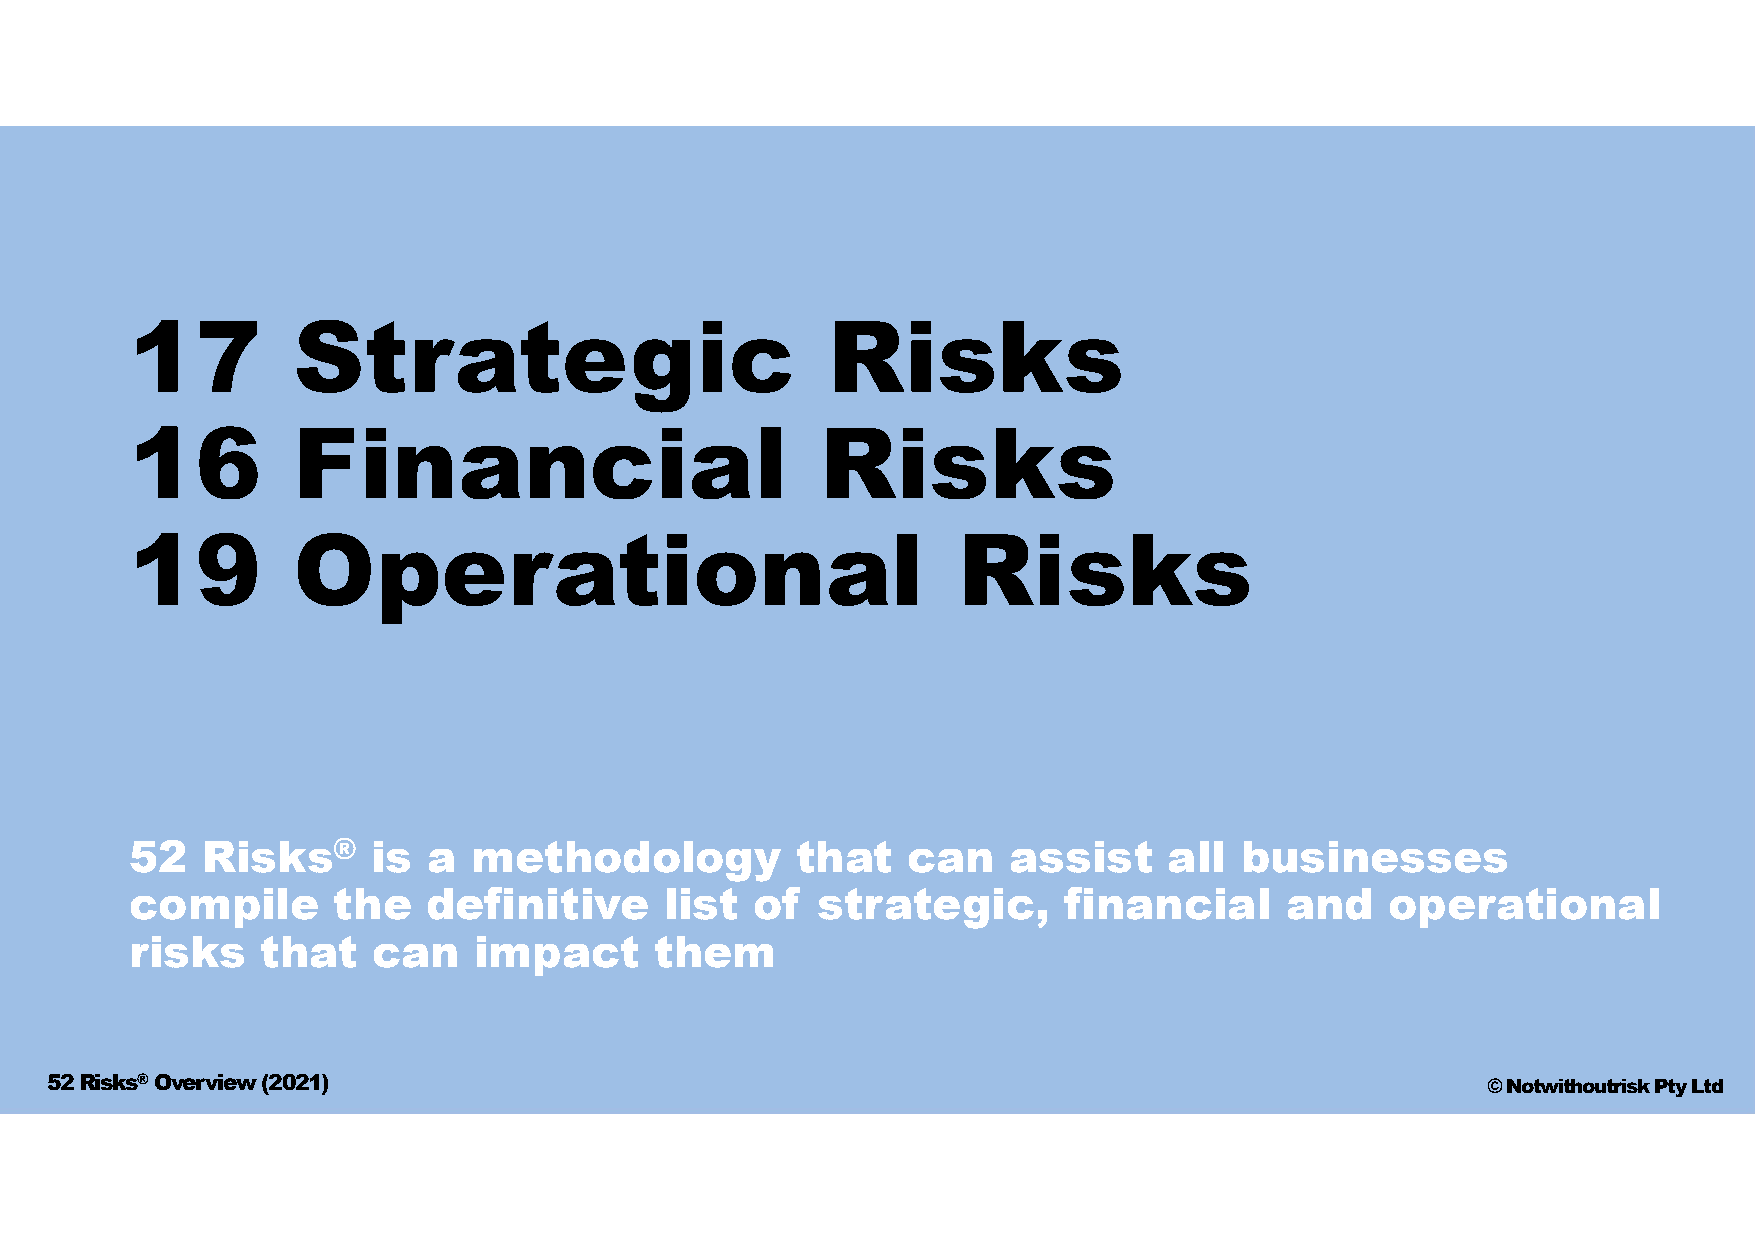
17        Strategic                           Risks
 16        Financial                          Risks
 19        Operational                                 Risks
 52  Risks®      is a  methodology           that   can    assist    all  businesses
 compile      the   definitive      list  of  strategic,      financial      and    operational
 risks   that    can   impact      them
 52 Risks®Overview (2021)                                                                       © Notwithoutrisk Pty Ltd